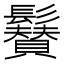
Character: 𩯳